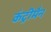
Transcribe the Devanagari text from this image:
कंट्रीमैन